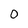
Character: 0